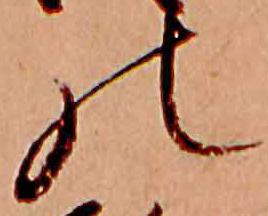
の